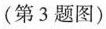
(第3题图)